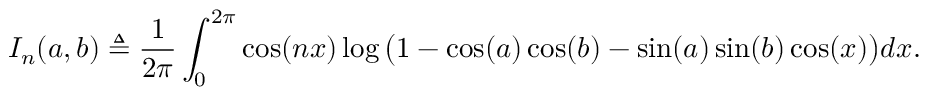
I _ { n } ( a , b ) \triangleq \frac { 1 } { 2 \pi } \int _ { 0 } ^ { 2 \pi } \cos ( n x ) \log \big ( 1 - \cos ( a ) \cos ( b ) - \sin ( a ) \sin ( b ) \cos ( x ) \big ) d x .